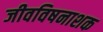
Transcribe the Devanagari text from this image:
जीवविषनाशक